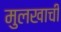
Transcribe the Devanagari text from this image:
मुलखाची